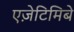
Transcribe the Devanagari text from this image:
एज़ेटिमिबे